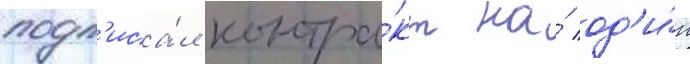
подп'иса́л контра́кт на́ од'и́н